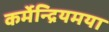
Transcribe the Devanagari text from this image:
कर्मेन्द्रियमया